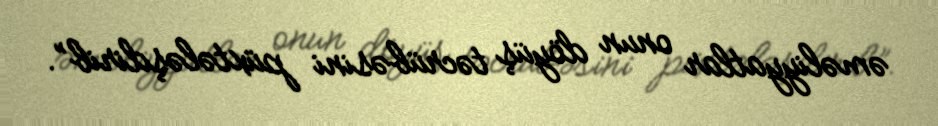
əməliyyatlar onun döyüş təcrübəsini püxtələşdirib”.